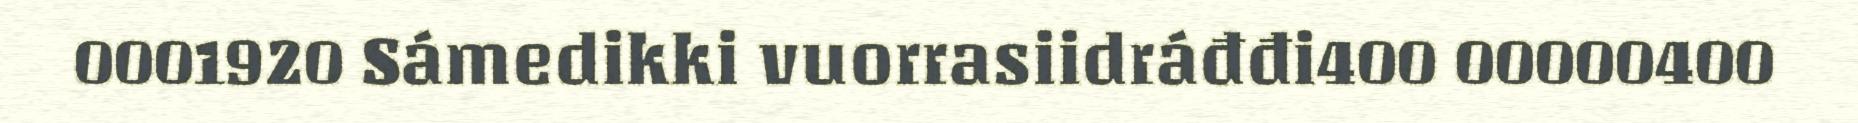
0001920 Sámedikki vuorrasiidráđđi400 00000400